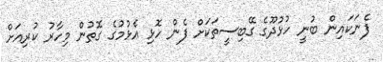
ފެނަކައިން ބުނީ ހުޅުދޫގެ ގޭބިސީތަކަށް ފެން ހޮޅި އެޅުމުގެ ގޮތުން މިހާރު ކުރިއަށް